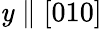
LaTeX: \mathit{y}\parallel[010]